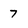
Character: 7